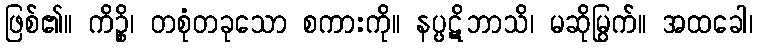
ဖြစ်၏။ ကိဉ္စိ၊ တစုံတခုသော စကားကို။ နပ္ပဋိဘာသိ၊ မဆိုမြွက်။ အထခေါ၊